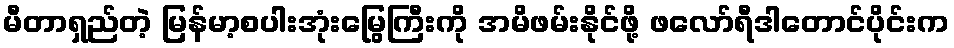
မီတာရှည်တဲ့ မြန်မာ့စပါးအုံးမြွေကြီးကို အမိဖမ်းနိုင်ဖို့ ဖလော်ရီဒါတောင်ပိုင်းက